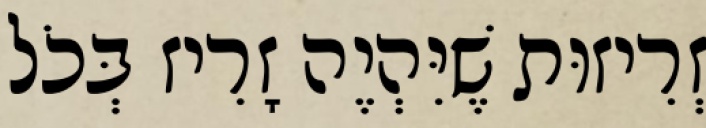
זְרִיזוּת שֶׁיִּהְיֶה זָרִיז בְּכֹל